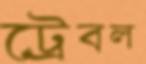
ট্রেবল